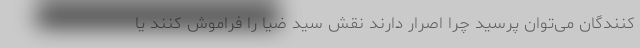
کنندگان می‌توان پرسید چرا اصرار دارند نقش سید ضیا را فراموش کنند یا